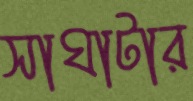
সাঘাটার